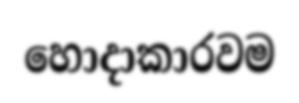
හොදාකාරවම